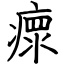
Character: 瘝